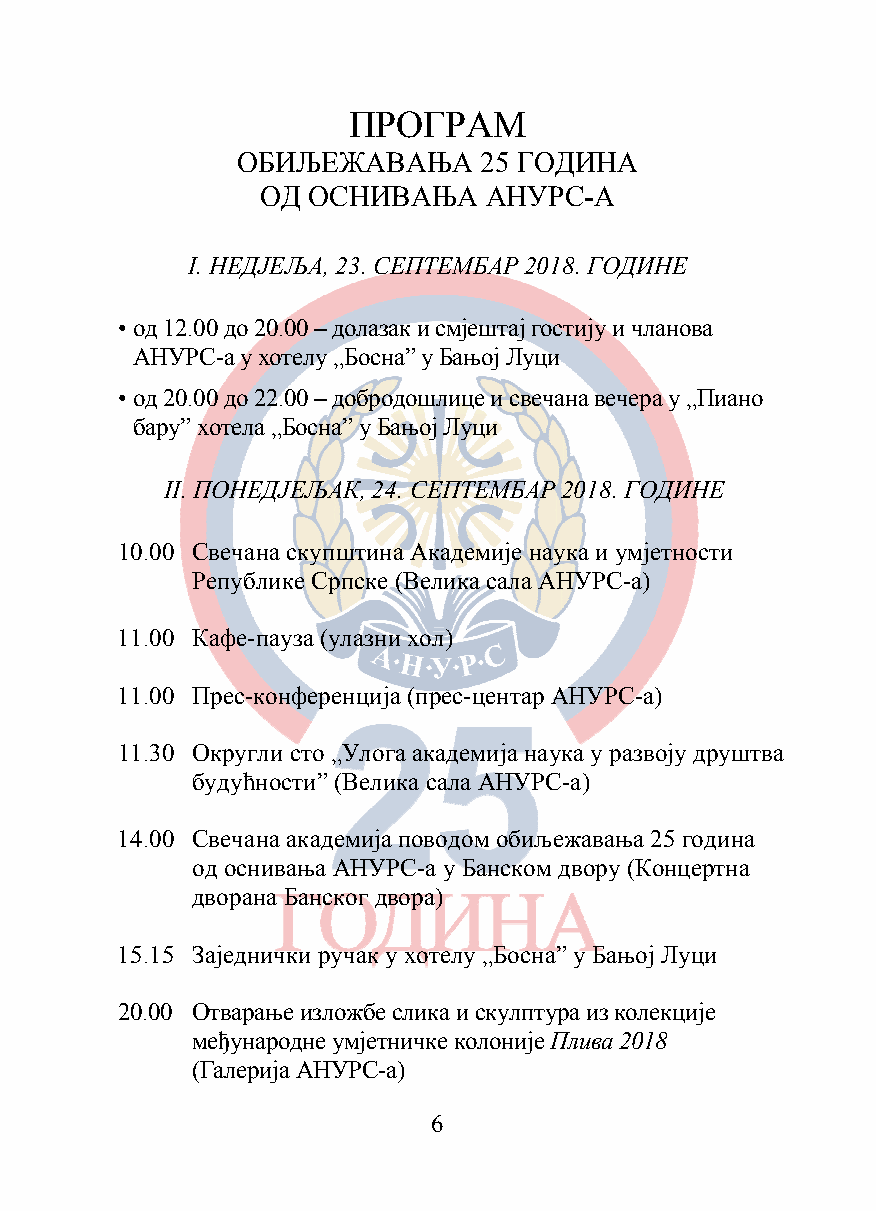
ПРОГРАМ
 ОБИЉЕЖАВАЊА     25 ГОДИНА
 ОД ОСНИВАЊА    АНУРС-А
 I. НЕДЈЕЉА, 23. СЕПТЕМБАР 2018. ГОДИНЕ
 • од 12.00 до 20.00 – долазак и смјештај гостију и чланова
 АНУРС-а у хотелу „Босна” у Бањој Луци
 • од 20.00 до 22.00 – добродошлице и свечана вечера у „Пиано
 бару” хотела „Босна” у Бањој Луци
 II. ПОНЕДЈЕЉАК, 24. СЕПТЕМБАР 2018. ГОДИНЕ
 10.00 Свечана скупштина Академије наука и умјетности
 Републике Српске (Велика сала АНУРС-а)
 11.00 Кафе-пауза (улазни хол)
 11.00 Прес-конференција (прес-центар АНУРС-а)
 11.30 Округли сто „Улога академија наука у развоју друштва
 будућности” (Велика сала АНУРС-а)
 14.00 Свечана академија поводом обиљежавања 25 година
 од оснивања АНУРС-а у Банском двору (Концертна
 дворана Банског двора)
 15.15 Заједнички ручак у хотелу „Босна” у Бањој Луци
 20.00 Отварање изложбе слика и скулптура из колекције
 међународне умјетничке колоније Плива 2018
 (Галерија АНУРС-а)
 6